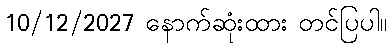
10/12/2027 နောက်ဆုံးထား တင်ပြပါ။